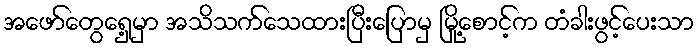
အဖော်တွေရှေ့မှာ အသိသက်သေထားပြီးပြောမှ မြို့စောင့်က တံခါးဖွင့်ပေးသာ